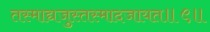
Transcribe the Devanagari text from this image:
तस्माद्यजुस्तस्मादजायत॥९॥